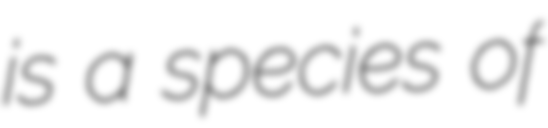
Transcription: is a species of